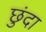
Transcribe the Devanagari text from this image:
छुंदा